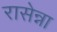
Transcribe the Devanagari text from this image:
रासेन्ना